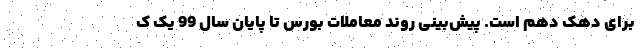
برای دهک دهم است. پیش‌بینی روند معاملات بورس تا پایان سال 99 یک ک